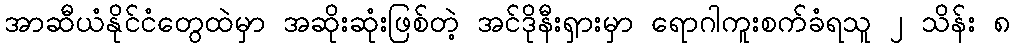
အာဆီယံနိုင်ငံတွေထဲမှာ အဆိုးဆုံးဖြစ်တဲ့ အင်ဒိုနီးရှားမှာ ရောဂါကူးစက်ခံရသူ ၂ သိန်း ၈